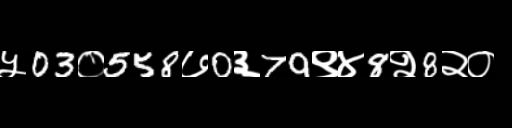
Text: ५03०558७0३79९४8२8२०